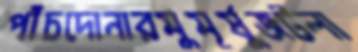
পাঁচদোনারমুমূর্ষুজটলা